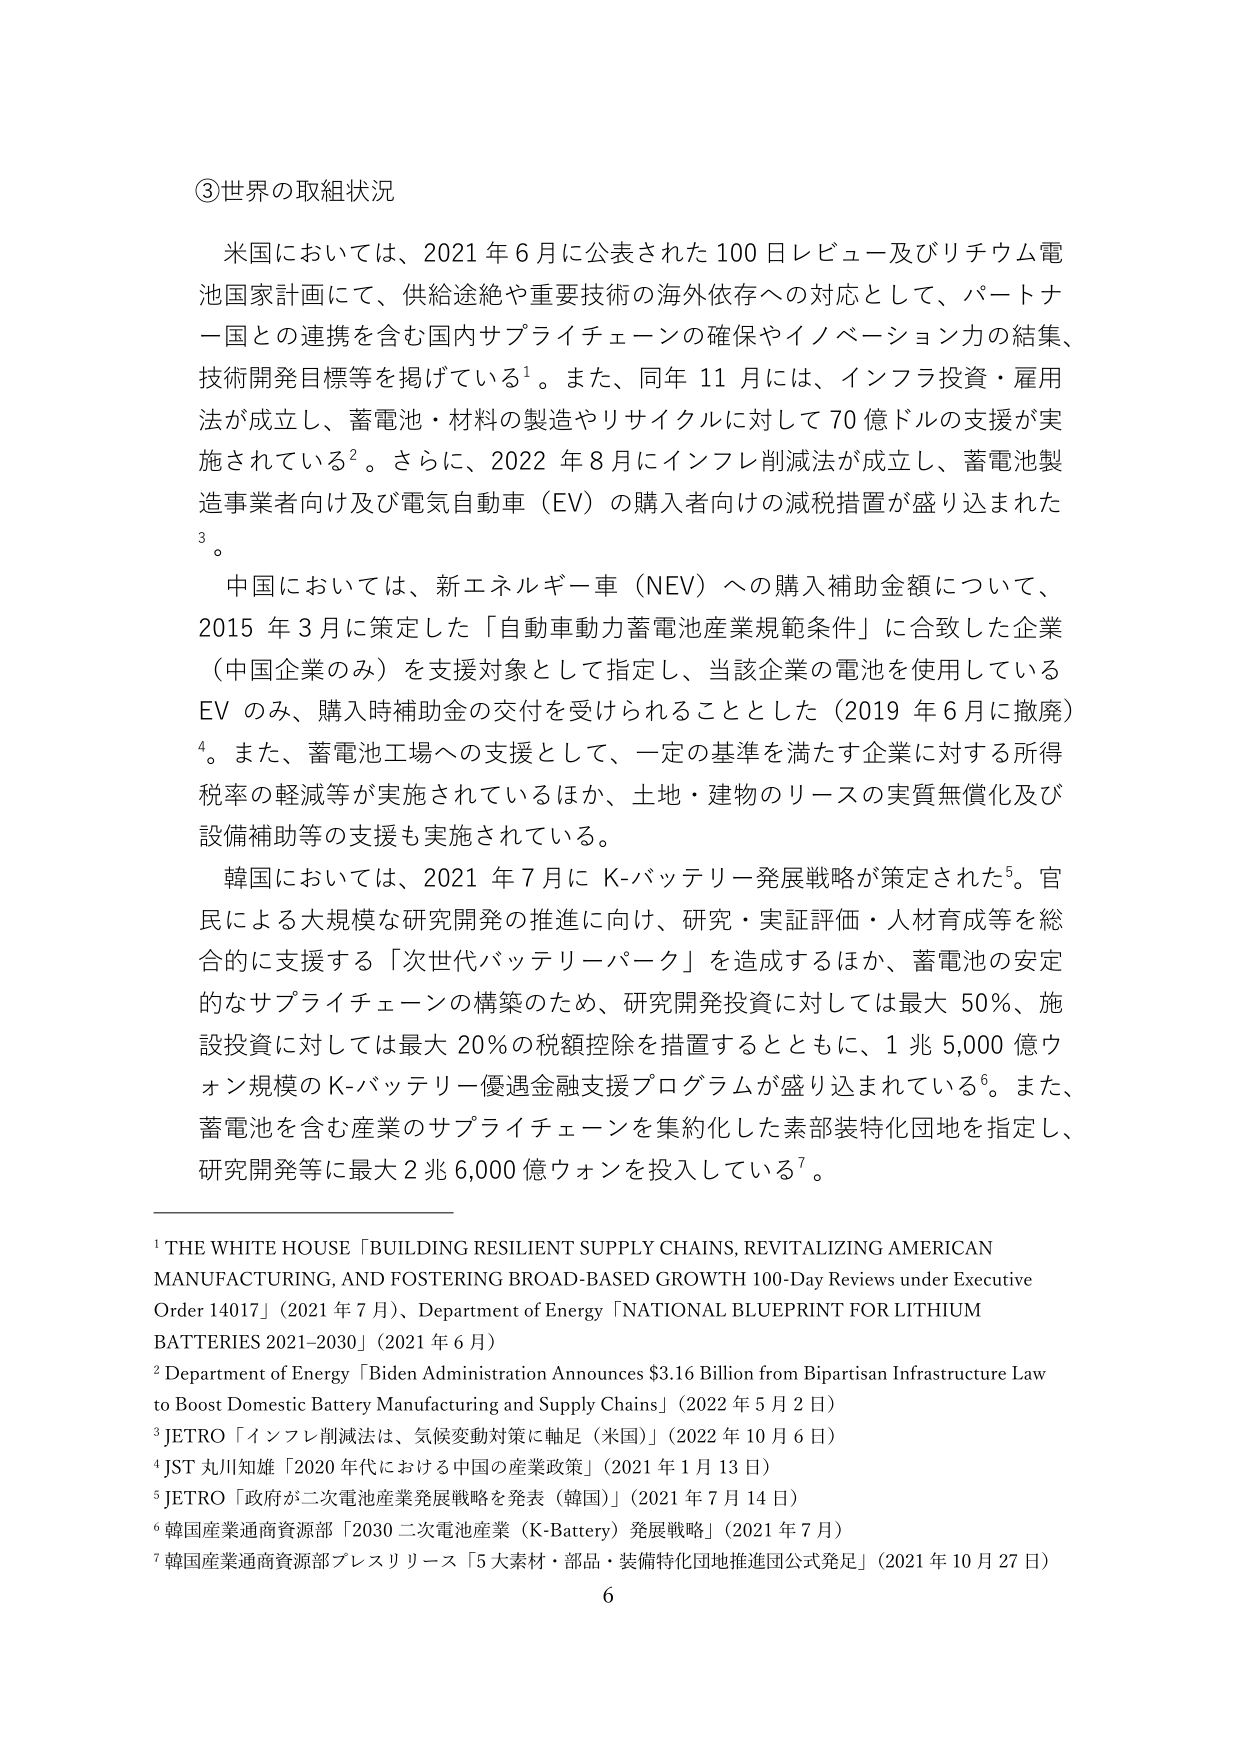
③世界の取組状況

米国においては、2021年6月に公表された100日レビュー及びリチウム電池国家計画にて、供給途絶や重要技術の海外依存への対応として、パートナー国との連携を含む国内サプライチェーンの確保やイノベーション力の結集、技術開発目標等を掲げている¹。また、同年11月には、インフラ投資・雇用法が成立し、蓄電池・材料の製造やリサイクルに対して70億ドルの支援が実施されている²。さらに、2022年8月にインフレ削減法が成立し、蓄電池製造事業者向け及び電気自動車（EV）の購入者向けの減税措置が盛り込まれた³。

中国においては、新エネルギー車（NEV）への購入補助金額について、2015年3月に策定した「自動車動力蓄電池産業規範条件」に合致した企業（中国企業のみ）を支援対象として指定し、当該企業の電池を使用しているEVのみ、購入時補助金の交付を受けられることとした（2019年6月に撤廃）⁴。また、蓄電池工場への支援として、一定の基準を満たす企業に対する所得税率の軽減等が実施されているほか、土地・建物のリースの実質無償化及び設備補助等の支援も実施されている。

韓国においては、2021年7月にK-バッテリー発展戦略が策定された⁵。官民による大規模な研究開発の推進に向け、研究・実証評価・人材育成等を総合的に支援する「次世代バッテリーパーク」を造成するほか、蓄電池の安定的なサプライチェーンの構築のため、研究開発投資に対しては最大50％、施設投資に対しては最大20％の税額控除を措置するとともに、1兆5,000億ウォン規模のK-バッテリー優遇金融支援プログラムが盛り込まれている⁶。また、蓄電池を含む産業のサプライチェーンを集約化した素部装特化団地を指定し、研究開発等に最大2兆6,000億ウォンを投入している⁷。

¹ THE WHITE HOUSE「BUILDING RESILIENT SUPPLY CHAINS, REVITALIZING AMERICAN MANUFACTURING, AND FOSTERING BROAD-BASED GROWTH 100-Day Reviews under Executive Order 14017」（2021年7月）、Department of Energy「NATIONAL BLUEPRINT FOR LITHIUM BATTERIES 2021-2030」（2021年6月）

² Department of Energy「Biden Administration Announces $3.16 Billion from Bipartisan Infrastructure Law to Boost Domestic Battery Manufacturing and Supply Chains」（2022年5月2日）

³ JETRO「インフレ削減法は、気候変動対策に軸足（米国）」（2022年10月6日）

⁴ JST 丸川知雄「2020年代における中国の産業政策」（2021年1月13日）

⁵ JETRO「政府が二次電池産業発展戦略を発表（韓国）」（2021年7月14日）

⁶ 韓国産業通商資源部「2030二次電池産業（K-Battery）発展戦略」（2021年7月）

⁷ 韓国産業通商資源部プレスリリース「5大素材・部品・装備特化団地推進団公式発足」（2021年10月27日）

6